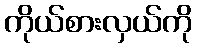
ကိုယ်စားလှယ်ကို